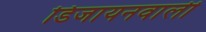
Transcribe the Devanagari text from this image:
डिजायनवाली